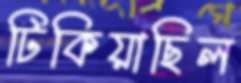
টিকিয়াছিল